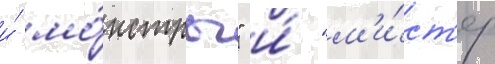
и́ мо́нстры" и́ "м'и́ст'ер